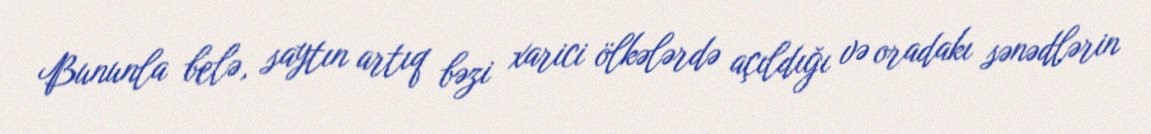
Bununla belə, saytın artıq bəzi xarici ölkələrdə açıldığı və oradakı sənədlərin